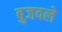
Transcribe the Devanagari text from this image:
बुजवले